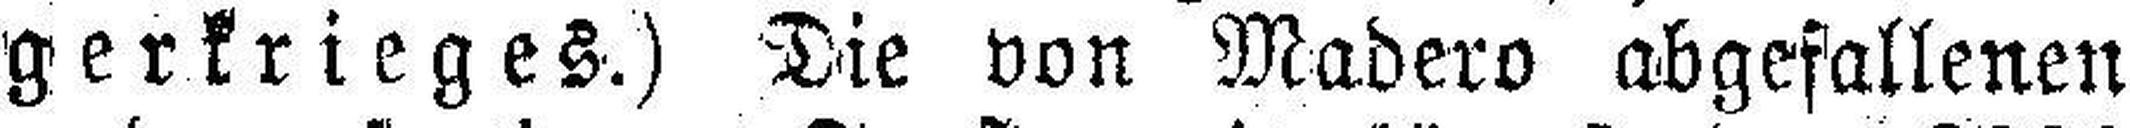
gerkrieges.) Die von Madero abgefallenen